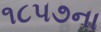
૧૮૫૭ના